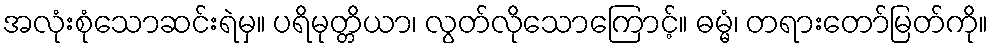
အလုံးစုံသောဆင်းရဲမှ။ ပရိမုတ္တိယာ၊ လွတ်လိုသောကြောင့်။ ဓမ္မံ၊ တရားတော်မြတ်ကို။